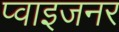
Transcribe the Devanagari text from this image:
प्वाइजनर